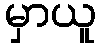
မှာယူ